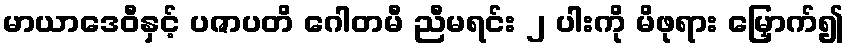
မာယာဒေဝီနှင့် ပဇာပတိ ဂေါတမီ ညီမရင်း ၂ ပါးကို မိဖုရား မြှောက်၍